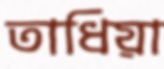
তাধিয়া